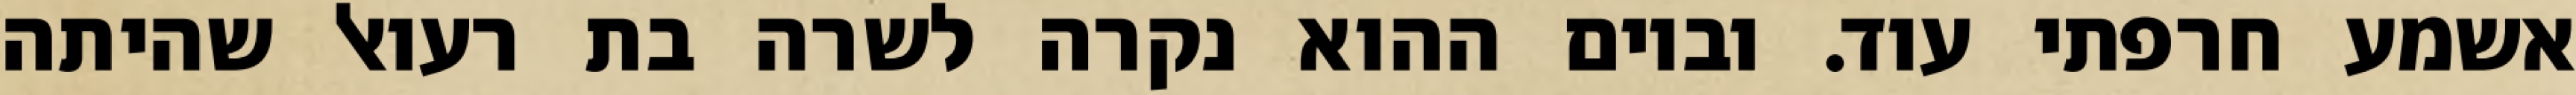
אשמע חרפתי עוד. וביום ההוא נקרה לשרה בת רעואל שהיתה